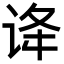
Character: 𬣺